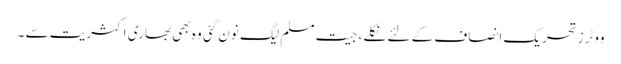
ووٹرز تحریک انصاف کے لئے نکلے ، جیت مسلم لیگ نون گئی وہ بھی بھاری اکثریت سے ۔